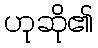
ဟုဆို၏